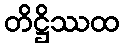
တိဋ္ဌိဿထ